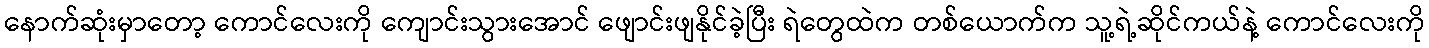
နောက်ဆုံးမှာတော့ ကောင်လေးကို ကျောင်းသွားအောင် ဖျောင်းဖျနိုင်ခဲ့ပြီး ရဲတွေထဲက တစ်ယောက်က သူ့ရဲ့ဆိုင်ကယ်နဲ့ ကောင်လေးကို